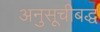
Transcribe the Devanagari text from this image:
अनुसूचीबद्ध